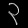
Digit: ၃